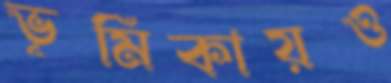
ভূমিকায়ও